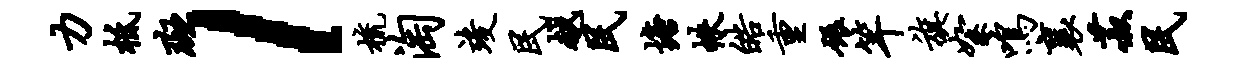
力柢斑l梳淘竣民越民塘帙皓重碾竿旗絮鸣襄菽民